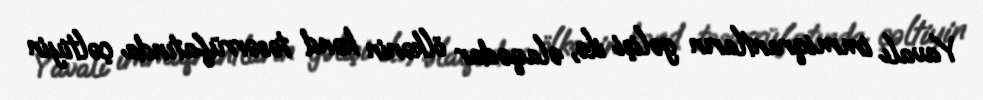
Yavalı immiqrantların gəlişi ilə, əlaqədar ölkənin kənd təsərrüfatında çəltiyin